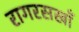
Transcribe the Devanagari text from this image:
रागरसखाँ